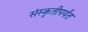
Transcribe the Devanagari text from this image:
संस्कृतीपर्यंत